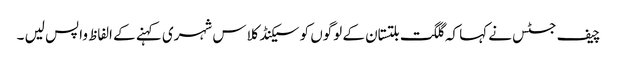
چیف جسٹس نے کہا کہ گلگت بلتستان کے لوگوں کو سیکنڈ کلاس شہری کہنے کے الفاظ واپس لیں ۔